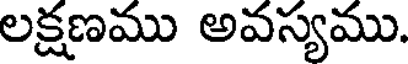
లక్షణము అవస్యము.